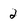
Character: 2